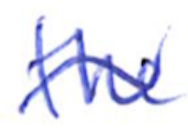
Text: the
Cross-out: wave
Writing tool: ballpoint